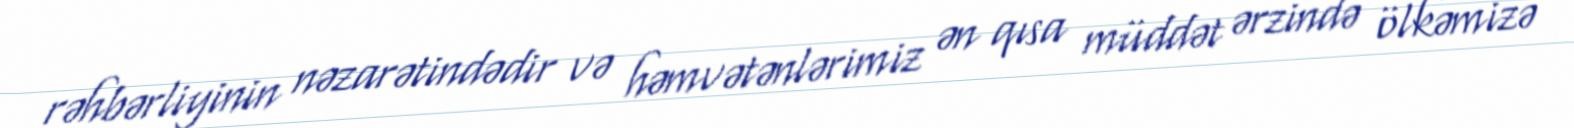
rəhbərliyinin nəzarətindədir və həmvətənlərimiz ən qısa müddət ərzində ölkəmizə